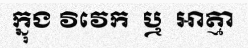
ក្នុង វិវេក  ឬ  ឤត្មា